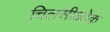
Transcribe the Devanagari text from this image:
चिलसीओक